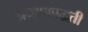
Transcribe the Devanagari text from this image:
प्रमाणपद्धती